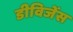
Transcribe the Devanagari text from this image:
डीविजेंस